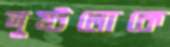
দুষ্টলোকে